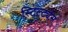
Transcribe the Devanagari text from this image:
स्टिल्ट्येस